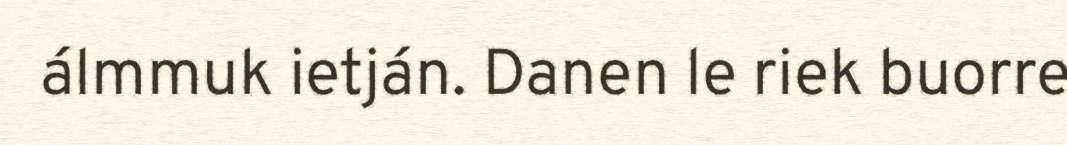
álmmuk ietján. Danen le riek buorre